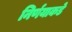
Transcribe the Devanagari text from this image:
निर्णयाकडे